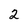
Character: 2